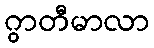
ဂွာတီမာလာ